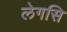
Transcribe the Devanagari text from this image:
लेगसि